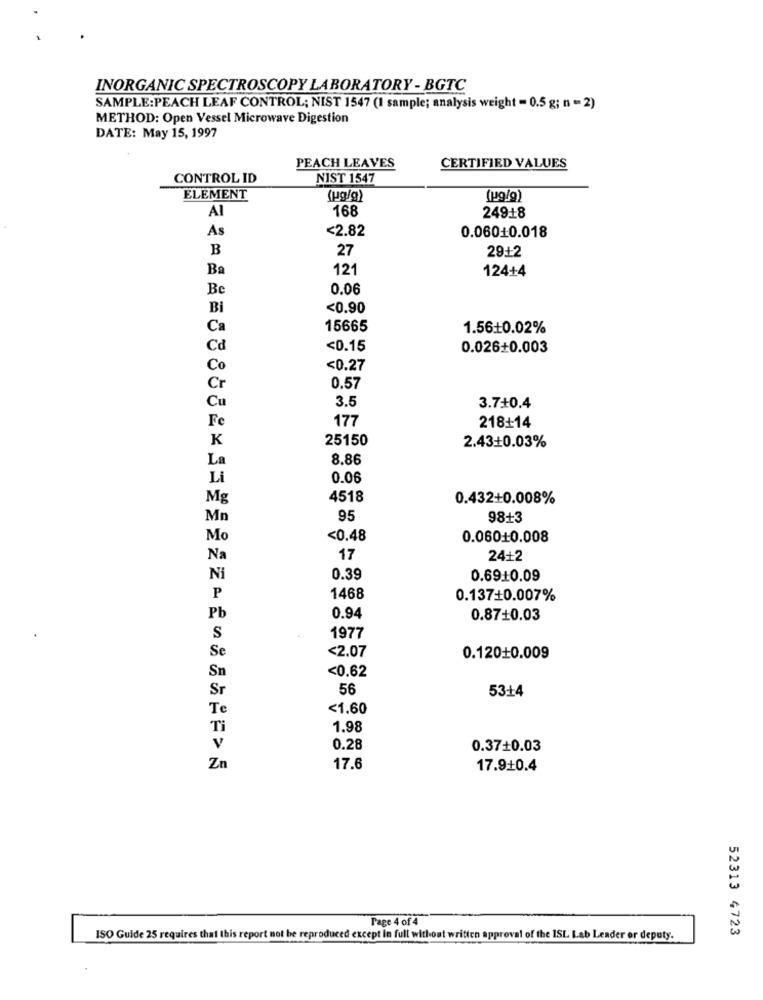
INORGANIC SPECTROSCOPY LABORATORY - BGTC
SAMPLE:PEACH LEAF CONTROL; NIST 1547 (1 sample; analysis weight = 0.5 g; n = 2)
METHOD: Open Vessel Microwave Digestion
DATE: May 15, 1997
PEACH LEAVES
CERTIFIED VALUES
CONTROL ID
NIST 1547
ELEMENT
(ug/g)
(ug/9)
168
Al
24918
As
<2.82
0.06010.018
B
27
29+2
Ba
121
124+4
Be
0.06
Bi
<0.90
Ca
15665
1.56+0.02%
Cd
<0.15
0.026+0.003
Co
<0.27
Cr
0.57
Cu
3.5
3.7+0.4
Fe
177
218+14
K
25150
2.43+0.03%
La
8.86
Li
0.06
Mg
4518
0.432+0.008%
Mn
95
98+3
Mo
<0.48
0.06010.008
Na
17
24+2
Ni
0.39
0.6910.09
P
1468
0.137+0.007%
Pb
0.94
0.87+0.03
S
1977
Se
<2.07
0.12010.009
<0.62
Sn
Sr
56
53+4
Te
<1.60
Ti
1.98
V
0.28
0.3710.03
Zn
17.6
17.910.4
Page 4 of 4
52313 4723
ISO Guide 25 requires that this report not be reproduced except in full without written approval of the ISL Lab Leader or deputy.